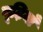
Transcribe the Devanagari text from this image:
बूढ़ियाँ